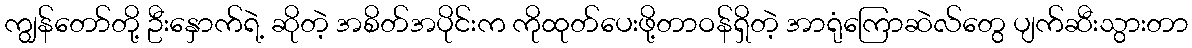
ကျွန်တော်တို့ ဦးနှောက်ရဲ့ ဆိုတဲ့ အစိတ်အပိုင်းက ကိုထုတ်ပေးဖို့တာဝန်ရှိတဲ့ အာရုံကြောဆဲလ်တွေ ပျက်ဆီးသွားတာ